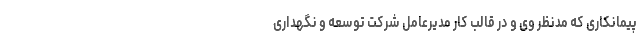
پیمانکاری که مدنظر وی و در قالب کار مدیرعامل شرکت توسعه و نگهداری